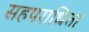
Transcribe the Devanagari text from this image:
सहपराधिता